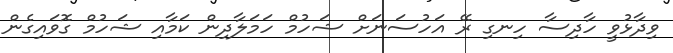
ވިދާޅުވީ ހާދިސާ ހިނގި ރޭ އަހުސަނަށް ޝަހުމް ހަމަލާދިން ކަމާއި ޝަހުމް ގޮވައިގެން